Maemoisa_(Sinalepa)_vallavalitsus, lk 7
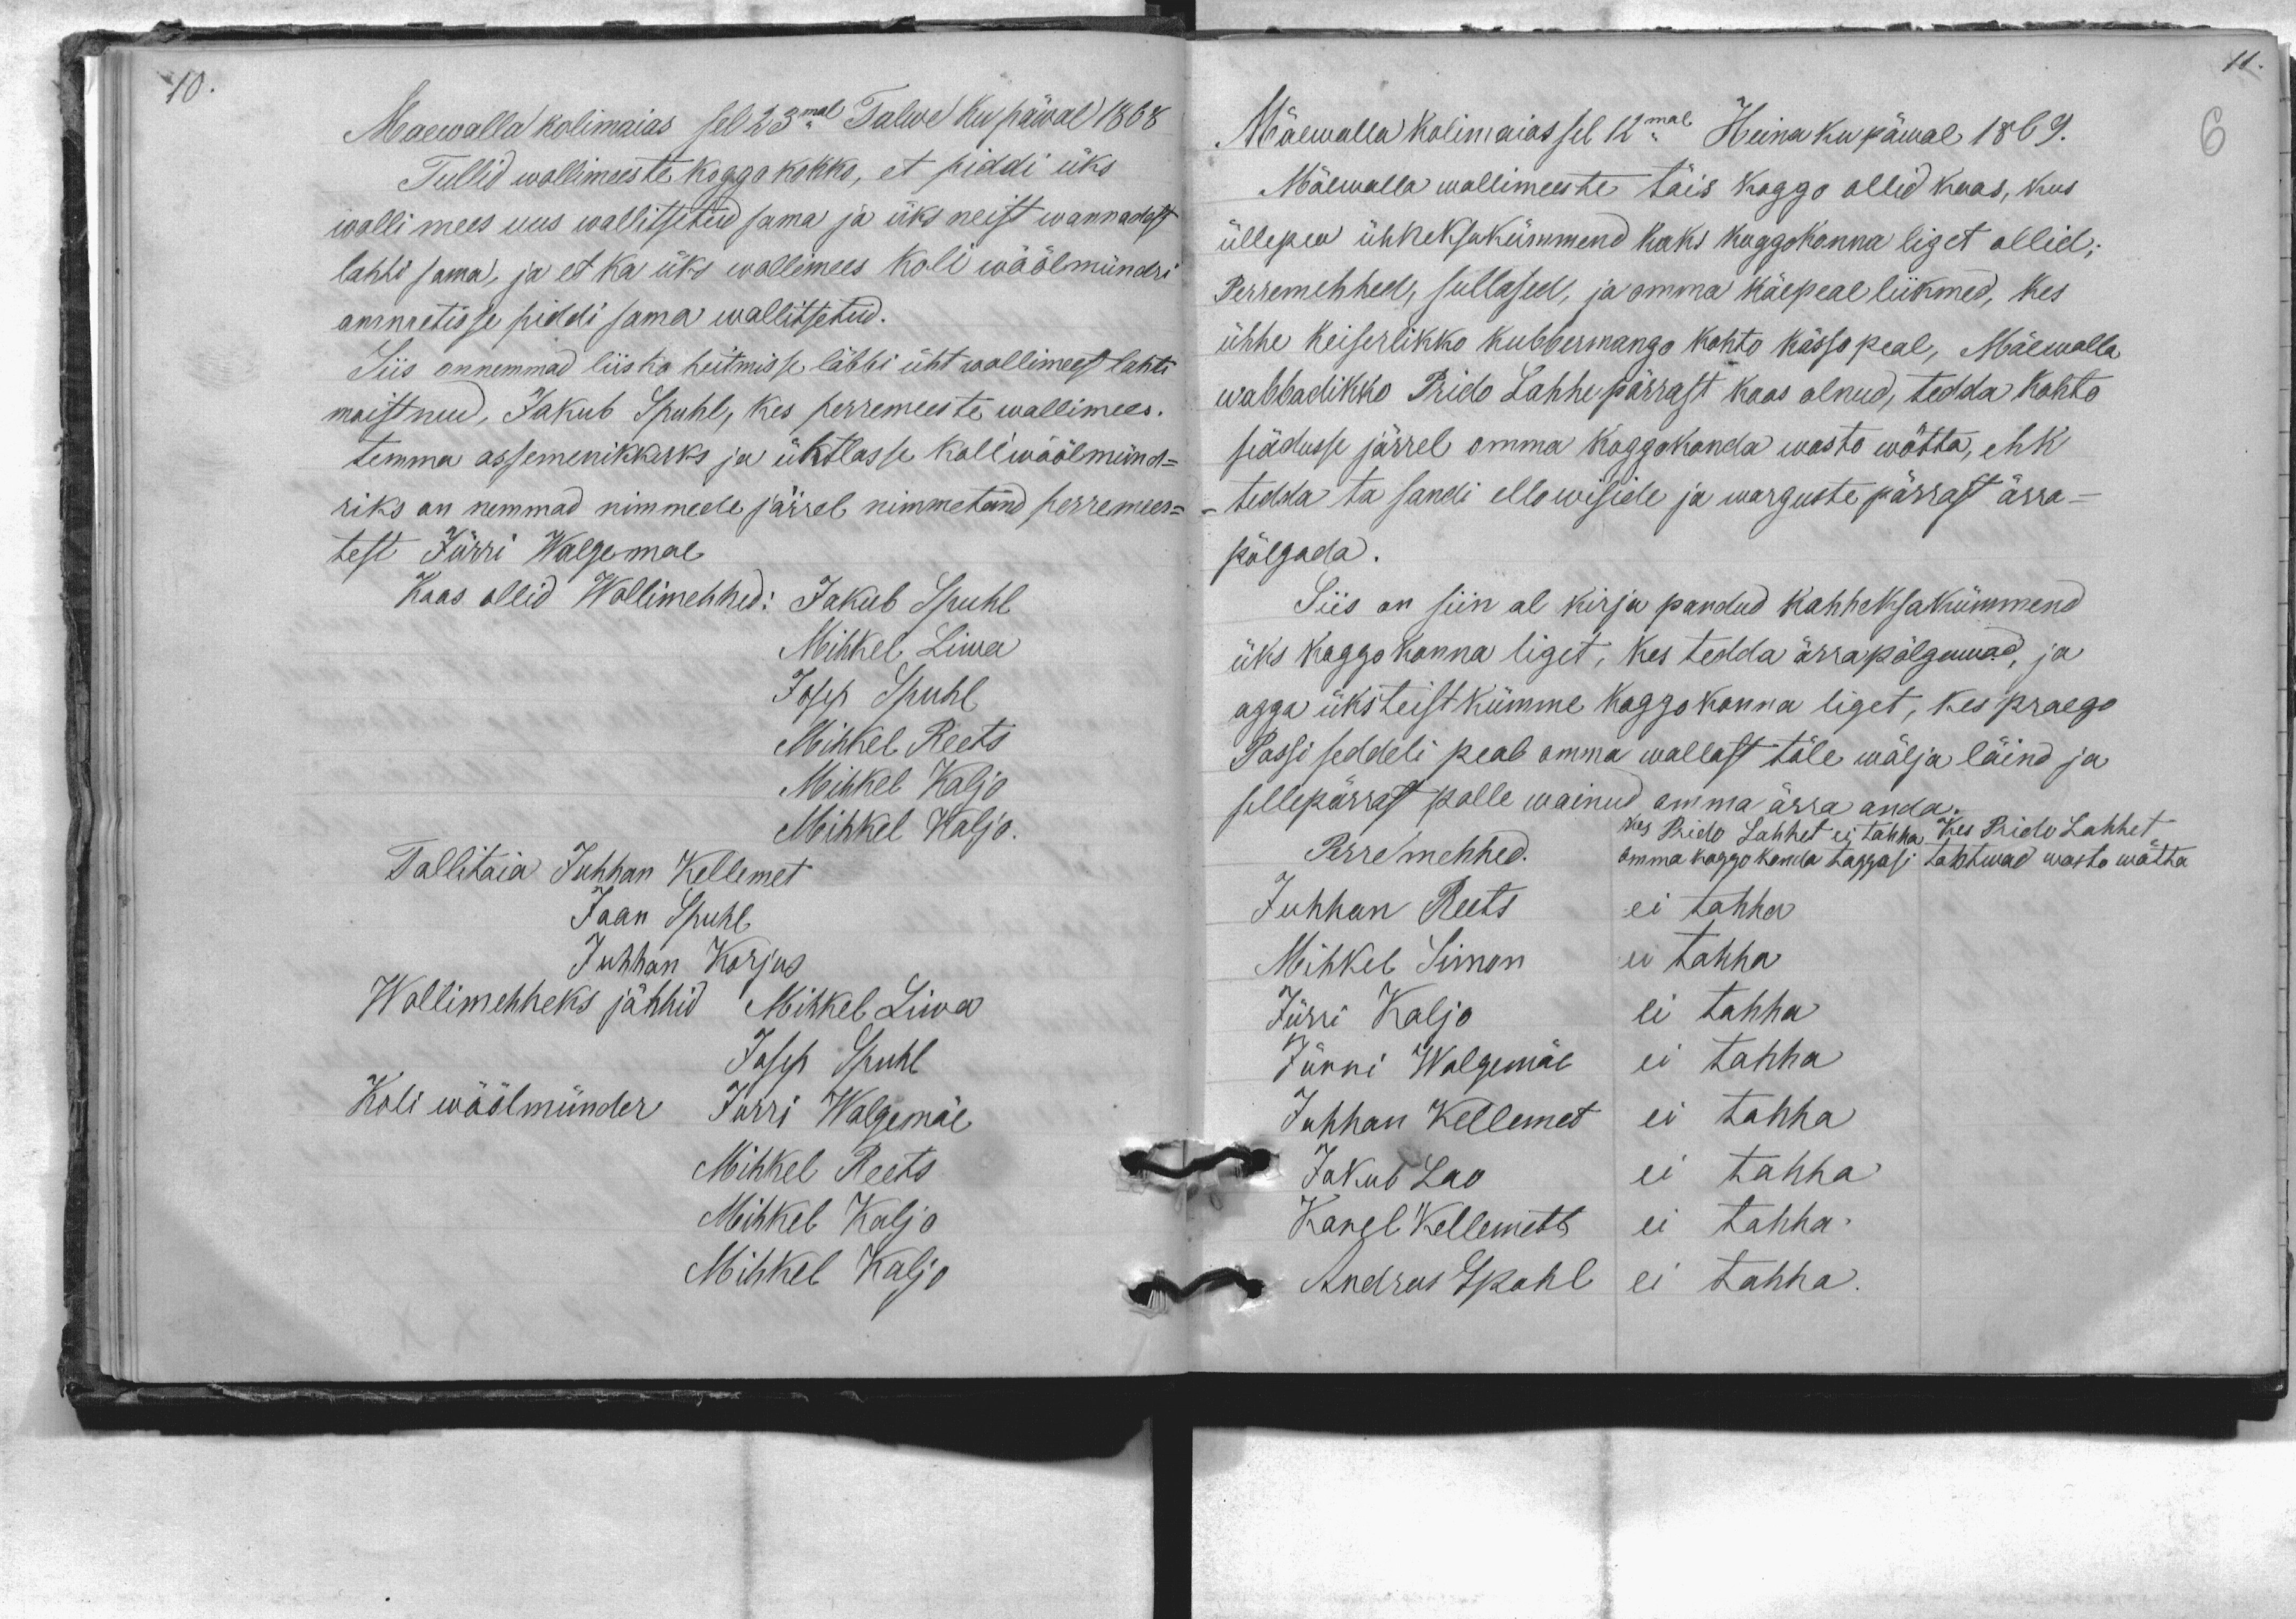
Maewalla kolimaias sel 23mal Talwe ku päwal 1868
Tullid wollimeeste koggo kokko, et piddi üks
wolli mees uus wallitsetud sama ja üks neist wannadest
lahti sama, ja et ka üks wollimees koli wöölmündri
ammetisse piddi sama wallitsetud.
Siis onnemmad liisko heitmisse läbbi üht wollimeest lahti
moistnud, Jakub Spuhl, kes perremeeste wollimees.
temma assemenikkuks ja ühtlasse koliwöölmünd-
riks on nemmad nimmede järrel nimmetand perremees-
test Jürri Walgemae
Koos ollid Wollimehhed: Jakub Spuhl
Mihkel Liwa
Josep Spuhl
Mihkel Reets
Mihkel Kaljo
Mihkel Kaljo.
Tallitaja Juhhan Kellemet
Jaan Spuhl
Juhhan Korjus
Wollimehheks jättid Mihkel Liwa
Josep Spuhl
Koli wöölmünder Jürri Walgemäe
Mihkel Reets
Mihkel Kaljo
Mihkel Kaljo

Mäewalla kolimaias sel 12mal Heina ku päwal 1869.
Mäewalla wollimeeste täis koggo ollid koos, kus
üllepea ühheksakümmend kaks koggokonna liget ollid:
Perremehhed, sullased, ja omma käepeal liikmed, kes
ühhe Keiserlikko kubbermango kohto kässo peal, Mäewalla
wabbadikko Prido Lahhe pärrast koos olnud, tedda kohto
seädusse järrel omma koggokonda wasto wõtta, ehk
tedda ta sandi ellowiside ja warguste pärrast ärra-
põlgada.
Siis on siin al kirja pandud kahheksakümmend
üks koggokonna liget, kes tedda ärra põlgawad, ja
agga üksteist kümme koggokonna liget, kes praego
Passi seddeli peab omma wallast töle wälja läind ja
sellepärrast polle wainud, omma ärra anda
Perremehhed.
kes Prido Lahhet ei tahha Kes Prido Lahhet
omma koggokonda taggasi tahtwad wasto wõtta
Juhhan Reets ei tahha
Jürri Kaljo ei tahha
Mihkel Simon ei tahha
Jürri Walgemäe ei tahha
Juhhan Kellemet ei tahha
Jakub Lao ei tahha
Karel Kellemett ei tahha.
Andrus Spohl ei tahha.